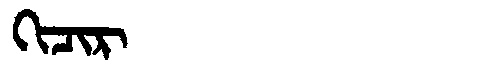
Manchu: ᡴᡳᠴᡳᡵ
Romanization: KICIR